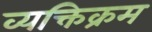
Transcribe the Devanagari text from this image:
व्यक्तिक्रम